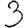
Digit: 3